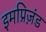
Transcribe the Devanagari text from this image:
इमप्रिज़ंड